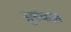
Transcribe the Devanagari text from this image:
सुर्यकांत